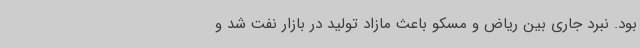
بود. نبرد جاری بین ریاض و مسکو باعث مازاد تولید در بازار نفت شد و